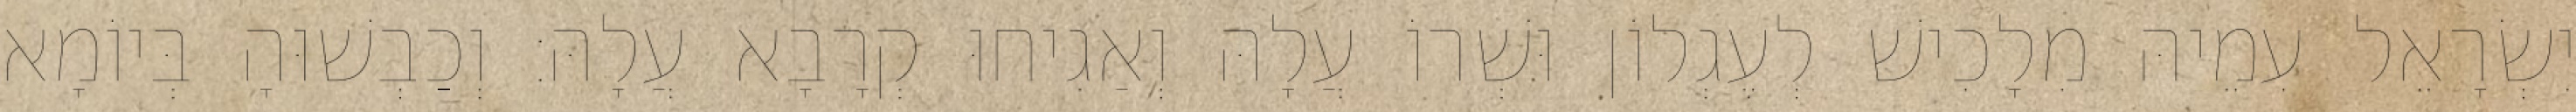
יִשְׂרָאֵל עִמֵיהּ מִלָכִישׁ לְעֶגְלוֹן וּשְׁרוֹ עֲלָהּ וְאַגִיחוּ קְרָבָא עֲלָהּ׃ וְכַבְשׁוּהָ בְּיוֹמָא